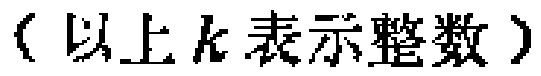
（以上\(k\)表示整数）